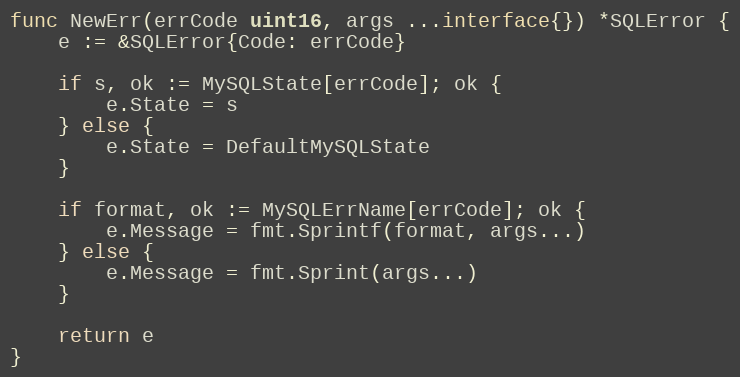
Language: Go
func NewErr(errCode uint16, args ...interface{}) *SQLError {
	e := &SQLError{Code: errCode}

	if s, ok := MySQLState[errCode]; ok {
		e.State = s
	} else {
		e.State = DefaultMySQLState
	}

	if format, ok := MySQLErrName[errCode]; ok {
		e.Message = fmt.Sprintf(format, args...)
	} else {
		e.Message = fmt.Sprint(args...)
	}

	return e
}